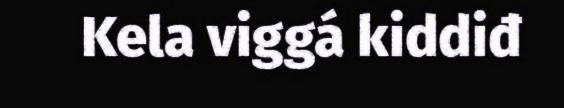
Kela viggá kiddiđ